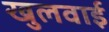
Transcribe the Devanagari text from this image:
खुलवाई